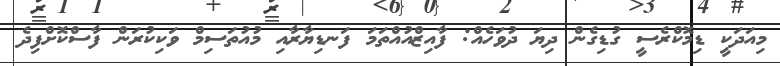
މިއަދަކީ ޑިމޮކްރެސީ ގުޑިގެން ދިޔަ ދުވަހެއް: ފާއިޒްއުއްތަމަ ފަނޑިޔާރާއި މުއުތަސިމް ވަކިކުރަން ފާސްކޮށްފިދެ